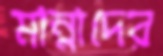
মান্নাদের